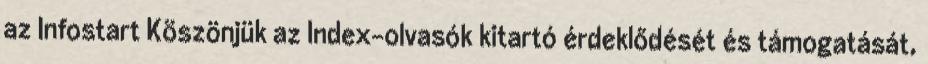
az Infostart Köszönjük az Index-olvasók kitartó érdeklődését és támogatását,